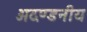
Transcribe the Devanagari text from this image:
अदण्डनीय